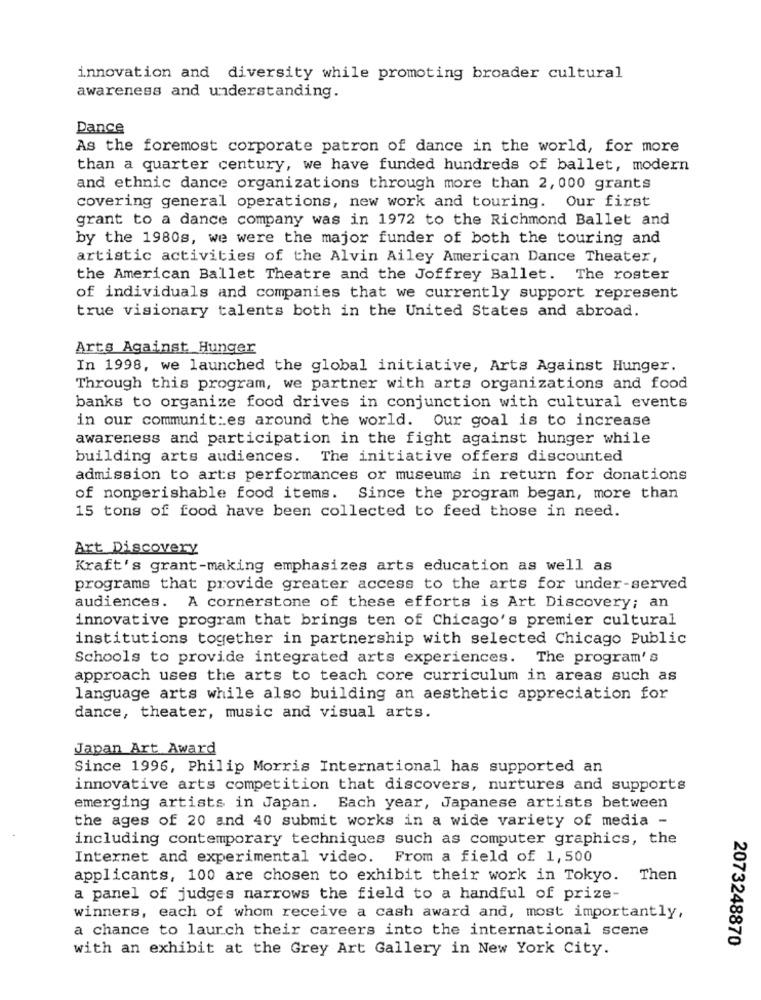
innovation and diversity while promoting broader cultural
awareness and understanding.
Dance
As the foremost corporate patron of dance in the world, for more
than a quarter century, we have funded hundreds of ballet, modern
and ethnic dance organizations through more than 2, 000 grants
covering general operations, new work and touring. Our first
grant to a dance company was in 1972 to the Richmond Ballet and
by the 1980s, we were the major funder of both the touring and
artistic activities of the Alvin Ailey American Dance Theater,
the American Ballet Theatre and the Joffrey Ballet. The roster
of individuals and companies that we currently support represent
true visionary talents both in the United States and abroad.
Arts Against Hunger
In 1998, we launched the global initiative, Arts Against Hunger.
Through this program, we partner with arts organizations and food
banks to organize food drives in conjunction with cultural events
in our communities around the world. Our goal is to increase
awareness and participation in the fight against hunger while
building arts audiences. The initiative offers discounted
admission to arts performances or museums in return for donations
of nonperishable food items. Since the program began, more than
15 tons of food have been collected to feed those in need.
Art Discovery
Kraft's grant-making emphasizes arts education as well as
programs that provide greater access to the arts for under-served
audiences. A cornerstone of these efforts is Art Discovery; an
innovative program that brings ten of Chicago's premier cultural
institutions together in partnership with selected Chicago Public
Schools to provide integrated arts experiences. The program's
approach uses the arts to teach core curriculum in areas such as
language arts while also building an aesthetic appreciation for
dance, theater, music and visual arts.
Japan Art Award
Since 1996, Philip Morris International has supported an
innovative arts competition that discovers, nurtures and supports
emerging artists in Japan. Each year, Japanese artists between
the ages of 20 and 40 submit works in a wide variety of media -
including contemporary techniques such as computer graphics, the
Internet and experimental video. From a field of 1,500
applicants, 100 are chosen to exhibit their work in Tokyo. Then
a panel of judges narrows the field to a handful of prize-
winners, each of whom receive a cash award and, most importantly,
a chance to laurch their careers into the international scene
2073248870
with an exhibit at the Grey Art Gallery in New York City.